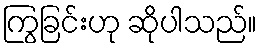
ကြွခြင်းဟု ဆိုပါသည်။